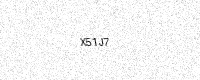
Text: X51J7